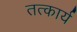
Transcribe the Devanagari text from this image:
तत्कार्य